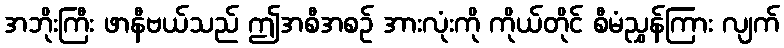
အဘိုးကြီး ဖာနီဗယ်သည် ဤအစီအစဉ် အားလုံးကို ကိုယ်တိုင် စီမံညွှန်ကြား လျက်